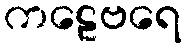
ကဠေဗရေ